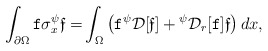
\begin{align*} \int_{\partial \Omega} { \texttt f }\sigma^\psi_x \mathfrak{ f} = & \int_{\Omega } \left( { \texttt f } {}^\psi \mathcal D[\mathfrak {f}] + {}^{{\psi}}\mathcal D_r[{ \texttt f }] \mathfrak {f}\right)dx,\end{align*}